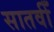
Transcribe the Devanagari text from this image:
सातवीँ